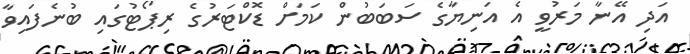
އަދި އޭނާ މަރުވީ އެ އަނިޔާގެ ސަބަބުން ކަމަށް ޑޮކްޓަރުގެ ރިޕޯޓުގައި ބުނެފައިވާ